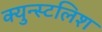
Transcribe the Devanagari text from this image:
क्युन्स्टलिश